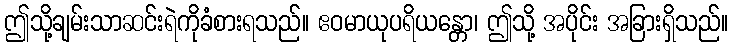
ဤသို့ချမ်းသာဆင်းရဲကိုခံစားရသည်။ ဧဝမာယုပရိယန္တော၊ ဤသို့ အပိုင်း အခြားရှိသည်။